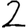
Digit: 2